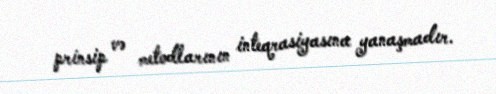
prinsip və metodlarının inteqrasiyasına yanaşmadır.